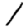
Digit: 1